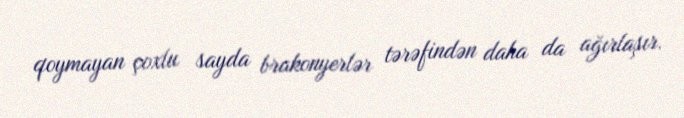
qoymayan çoxlu sayda brakonyerlər tərəfindən daha da ağırlaşır.